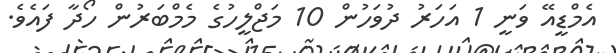
އެމްޑީއޭ ވަނީ 1 އަހަރު ދުވަހުން 10 މަޖްލީހުގެ މެމްބަރުން ހޯދާ ފައެވެ.